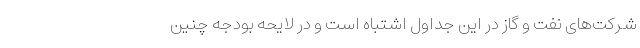
شرکت‌های نفت و گاز در این جداول اشتباه است و در لایحه بودجه چنین